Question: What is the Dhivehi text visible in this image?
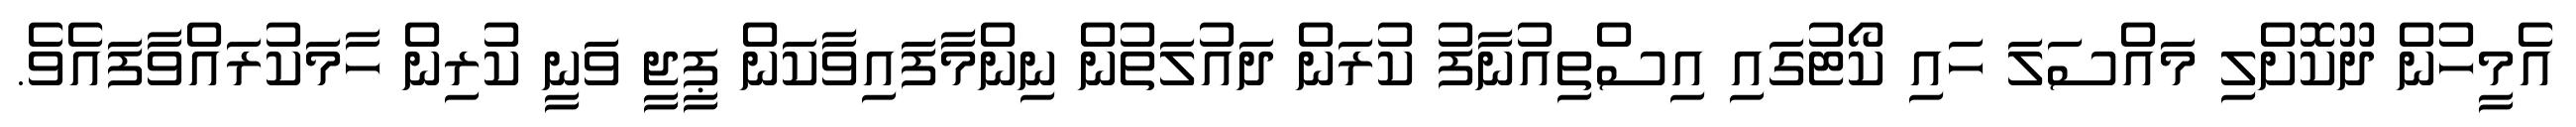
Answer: އެމީހުން ދޫކޮށްލި މައްސަލަ ހައި ކޯޓުގައި އިސްތިއުނާފު ކުރަން ދައުލަތުން ނިންމާފައިވާކަން ޕީޖީ ވަނީ ކުރިން ހާމަކުރައްވާފައެވެ.